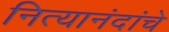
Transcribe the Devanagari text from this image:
नित्यानंदांचे